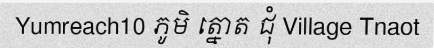
Yumreach10 ភូមិ ត្នោត ជុំ Village Tnaot